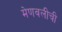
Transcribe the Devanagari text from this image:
मेणवलीची